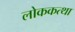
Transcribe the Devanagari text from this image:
लोककत्था